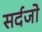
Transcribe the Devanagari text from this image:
सर्दजो